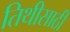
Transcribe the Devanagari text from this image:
तिथीसाठी